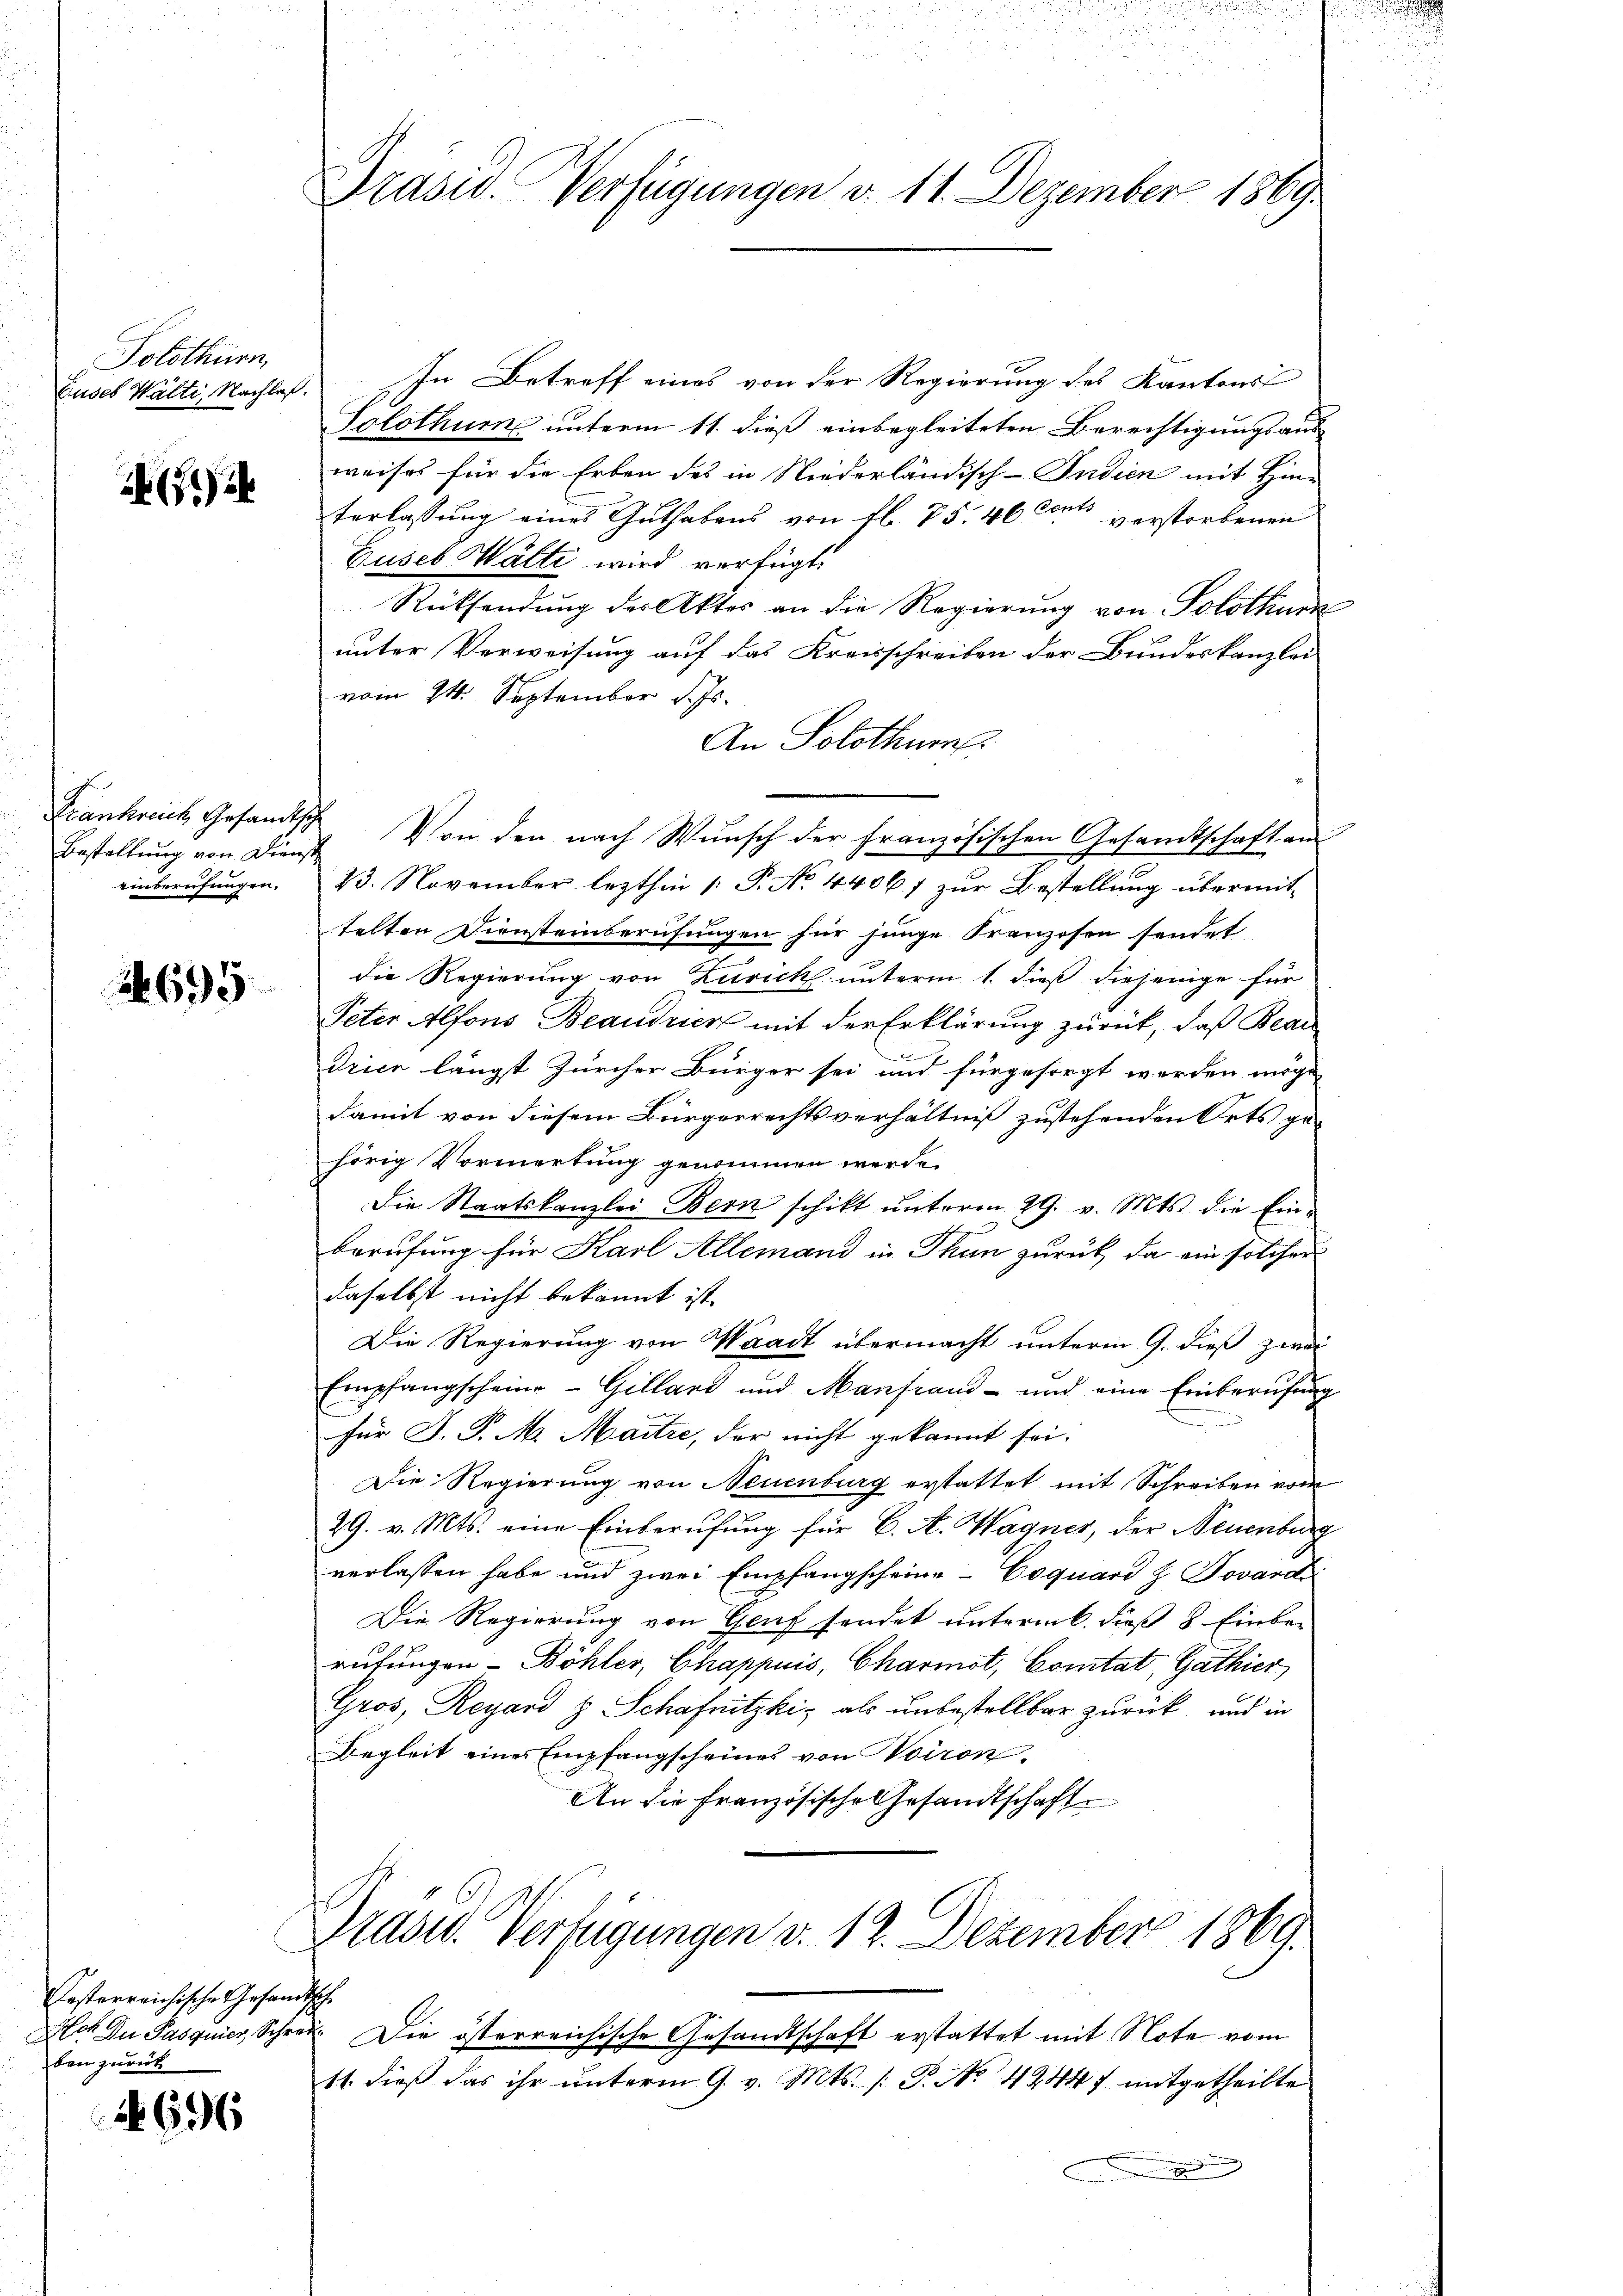
Solothurn,
Cuses Wälti, Nachlaß.

d
Bestellung von Dienst
einberufungen.

2695

festerreichische Gesandben zurück

A 696

Präsid. Verfügungen v. 11. Dezember 1869

In Betreff eines von der Regierung des Kantons
Solothur unterm 11. dieß einbegleiteten Berechtigungsausweises für die Erben des in Niederländisch-Indien mit Hin-
terlassung eines Guthabens von fl. 75. 46 cant verstorbenen
Guseb Wälti wird verfügt:
Rücksendung der Aktes an die Regierung von Solothur
unter Verweisung auf das Kreisschreiben der Bundeskanzlei
vom 14. September d. Js.
An Solothur.
Frankreich Gesandtsch. Von den nach Wunsch der französischen Gesandtschaft an
23. November lezthin 1. P. No. 44067 zur Bestellung übermit-
telten Diensteinberufungen für junge Franzosen sendet
die Regierung von Zürich unterm 1. dieß diejenige für
Peter Alfons Beaudrien mit der Erklärung zurück, daß Bear
Drico längst Zürcher Bürger sei und für gesorgt werden möge
damit von diesem Bürgerrechtsverhältniß zustehenden Orts gehörig Vormerkung genommen werde.
Die Staatskanzlei Bern schikt ŭnterm 29. v. Mts. die Ein-
Berufung für Karl Allemand in Thun zurück, da ein solcher
daselbst nicht bekannt ist.
Die Regierung von Waadt übermacht unterm 9. dieß zwei
Empfangscheine Gilland und Manfraud- und eine Einberufung
n
für J. P. M. Maitre, der nicht gekannt sei.
Die Regierung von Neuenburg erstattet mit Schreiben vom
29. v. Mts. eine Einberufung für B. A. Wagner, der Neuenburg
verlassen habe und zwei Empfangscheine Coquard z. Jovard
Die Regierung von Genf sendet untermb. dieß 8 Einberufungen Böhler, Chappuis, Charmot, Comitat, Gathier
Gros, Reyard z. Schafnitzki, als unbestellbar zurück, und in
Begleit eines Empfangscheines von viron
An die französische Gesandtschaft
Präsid. Verfügungen v. 12. Dezember 1869.
t
Hat du Pasquier, Schrei. Die österreichische Gesandtschaft erstattet mit Note vom
11. dieß das ihr unterm 9. v. Mts. [ P. No 42447 mitgetheilte
.